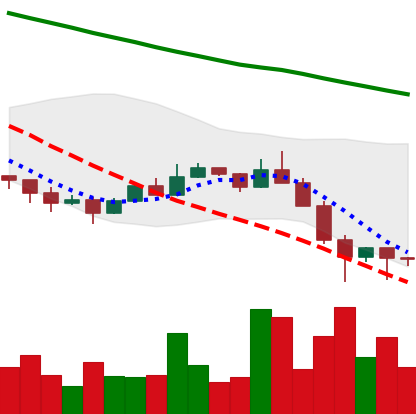
Ticker: ETC-USD
Chart end date: 2022-01-25
Forward return: 4.221%
Label: up_3_5